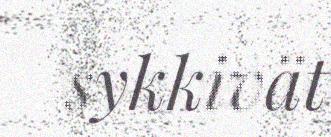
sykkivät